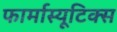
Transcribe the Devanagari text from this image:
फार्मास्यूटिक्स